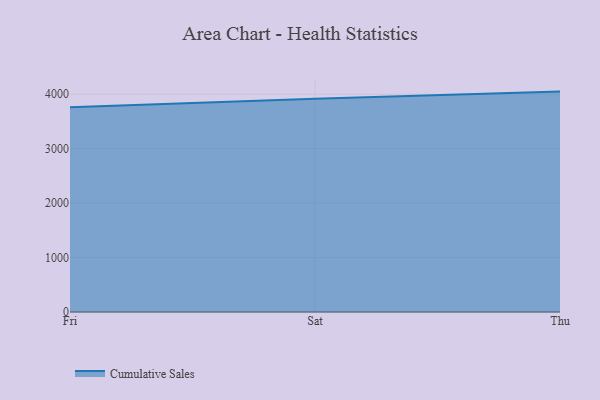
{"axis": {"x": "Day", "y": "Active Users"}, "legend": ["Cumulative Sales"], "data": [{"x": "Fri", "y": 3761.2, "type": "Cumulative Sales"}, {"x": "Sat", "y": 3917.1, "type": "Cumulative Sales"}, {"x": "Thu", "y": 4047.6, "type": "Cumulative Sales"}]}